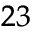
^ { 2 3 }